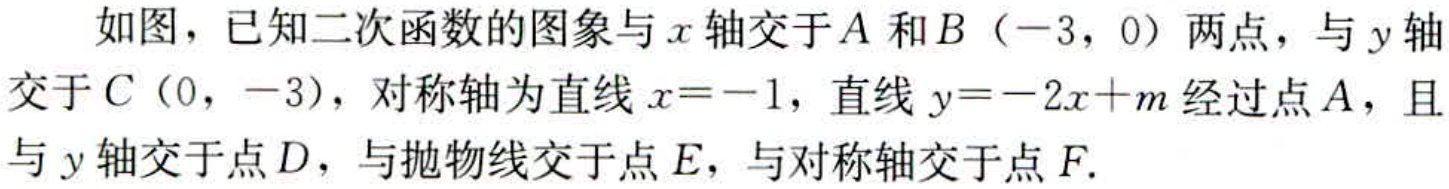
如图，已知二次函数的图象与\(x\)轴交于\(A\)和\(B（-3，0）\)两点，与\(y\)轴交于\(C（0，-3）\)，对称轴为直线\(x = -1\)，直线\(y = -2x + m\)经过点\(A\)，且与\(y\)轴交于点\(D\)，与抛物线交于点\(E\)，与对称轴交于点\(F\).